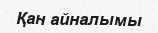
Қан айналымы